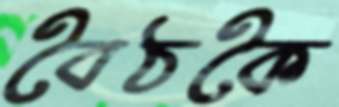
বৈঠকৈ